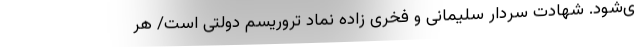
ی‌شود. شهادت سردار سلیمانی و فخری زاده نماد تروریسم دولتی است/ هر